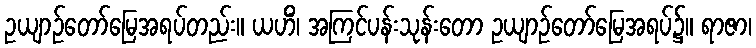
ဥယျာဉ်တော်မြေအရပ်တည်း။ ယဟိံ၊ အကြင်ပန်းသုန်းတော ဥယျာဉ်တော်မြေအရပ်၌။ ရာဇာ၊